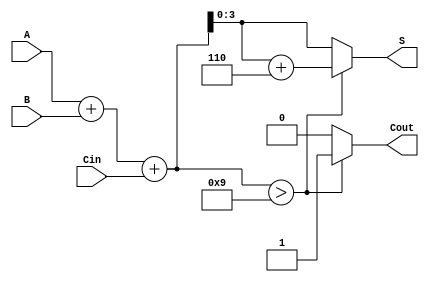
module BCD_Adder (
    input  [3:0] A,    // First BCD digit
    input  [3:0] B,    // Second BCD digit
    input        Cin,   // Carry-in
    output reg [3:0] S, // BCD Sum
    output reg Cout     // Carry-out
);

    wire [4:0] Temp_Sum; // 5-bit to accommodate carry
    wire correction;      // Flag for correction

    // Calculate the initial binary sum
    assign Temp_Sum = A + B + Cin;

    // Determine if correction is needed (Temp_Sum > 9)
    assign correction = Temp_Sum > 9;

    always @(*) begin
        if (correction) begin
            // If correction is needed, add 6 to Temp_Sum
            S = Temp_Sum + 5'b00110; // 6 in binary is 0110
            Cout = 1;                // Set carry-out
        end else begin
            S = Temp_Sum[3:0];       // Take the lower 4 bits
            Cout = 0;                // No carry-out
        end
    end

endmodule